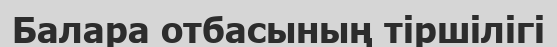
Балара отбасының тіршілігі